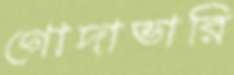
গোদাভারি